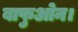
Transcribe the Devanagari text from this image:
बाफुओन।